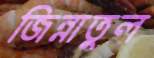
জিন্নাতুল